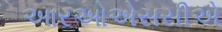
આરઓએસસીએ